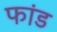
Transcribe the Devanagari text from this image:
फांड